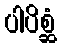
ပါပိစ္ဆံ